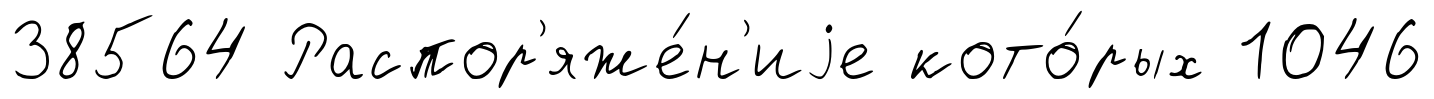
38564 Распор'яже́н'иjе кото́рых 1046